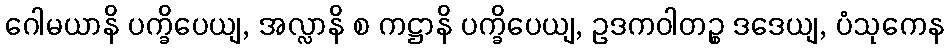
ဂေါမယာနိ ပက္ခိပေယျ, အလ္လာနိ စ ကဋ္ဌာနိ ပက္ခိပေယျ, ဥဒကဝါတဉ္စ ဒဒေယျ, ပံသုကေန